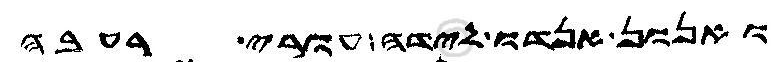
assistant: ואנון אנדו לידה עורי רעבה